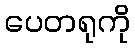
ပေတရုကို